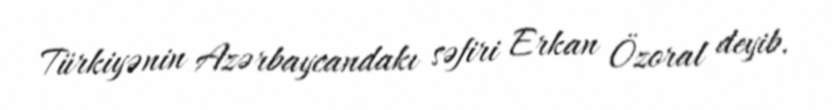
Türkiyənin Azərbaycandakı səfiri Erkan Özoral deyib.